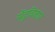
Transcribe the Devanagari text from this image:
मेंदूविकार